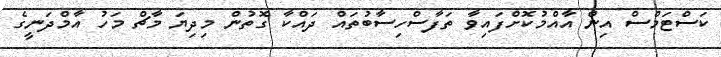
ކަސްޓަމްސް އިން އާއްމުކޮށްފައިވާ ތަފާސްހިސާބުތައް ދައްކާ ގޮތުން މިދިޔަ މާޗް މަހު އާމްދަނީގެ